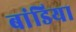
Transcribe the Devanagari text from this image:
बांडिया